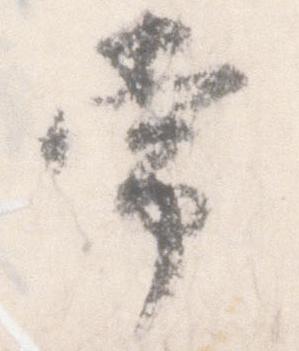
常